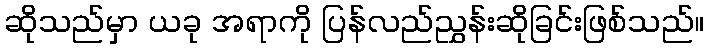
ဆိုသည်မှာ ယခု အရာကို ပြန်လည်ညွှန်းဆိုခြင်းဖြစ်သည်။